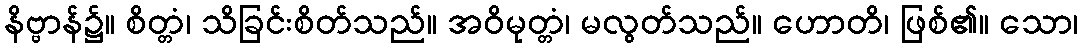
နိဗ္ဗာန်၌။ စိတ္တံ၊ သိခြင်းစိတ်သည်။ အဝိမုတ္တံ၊ မလွတ်သည်။ ဟောတိ၊ ဖြစ်၏။ သော၊